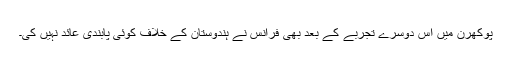
پوکھرن میں اس دوسرے تجربے کے بعد بھی فرانس نے ہندوستان کے خلاف کوئی پابندی عائد نہیں کی۔